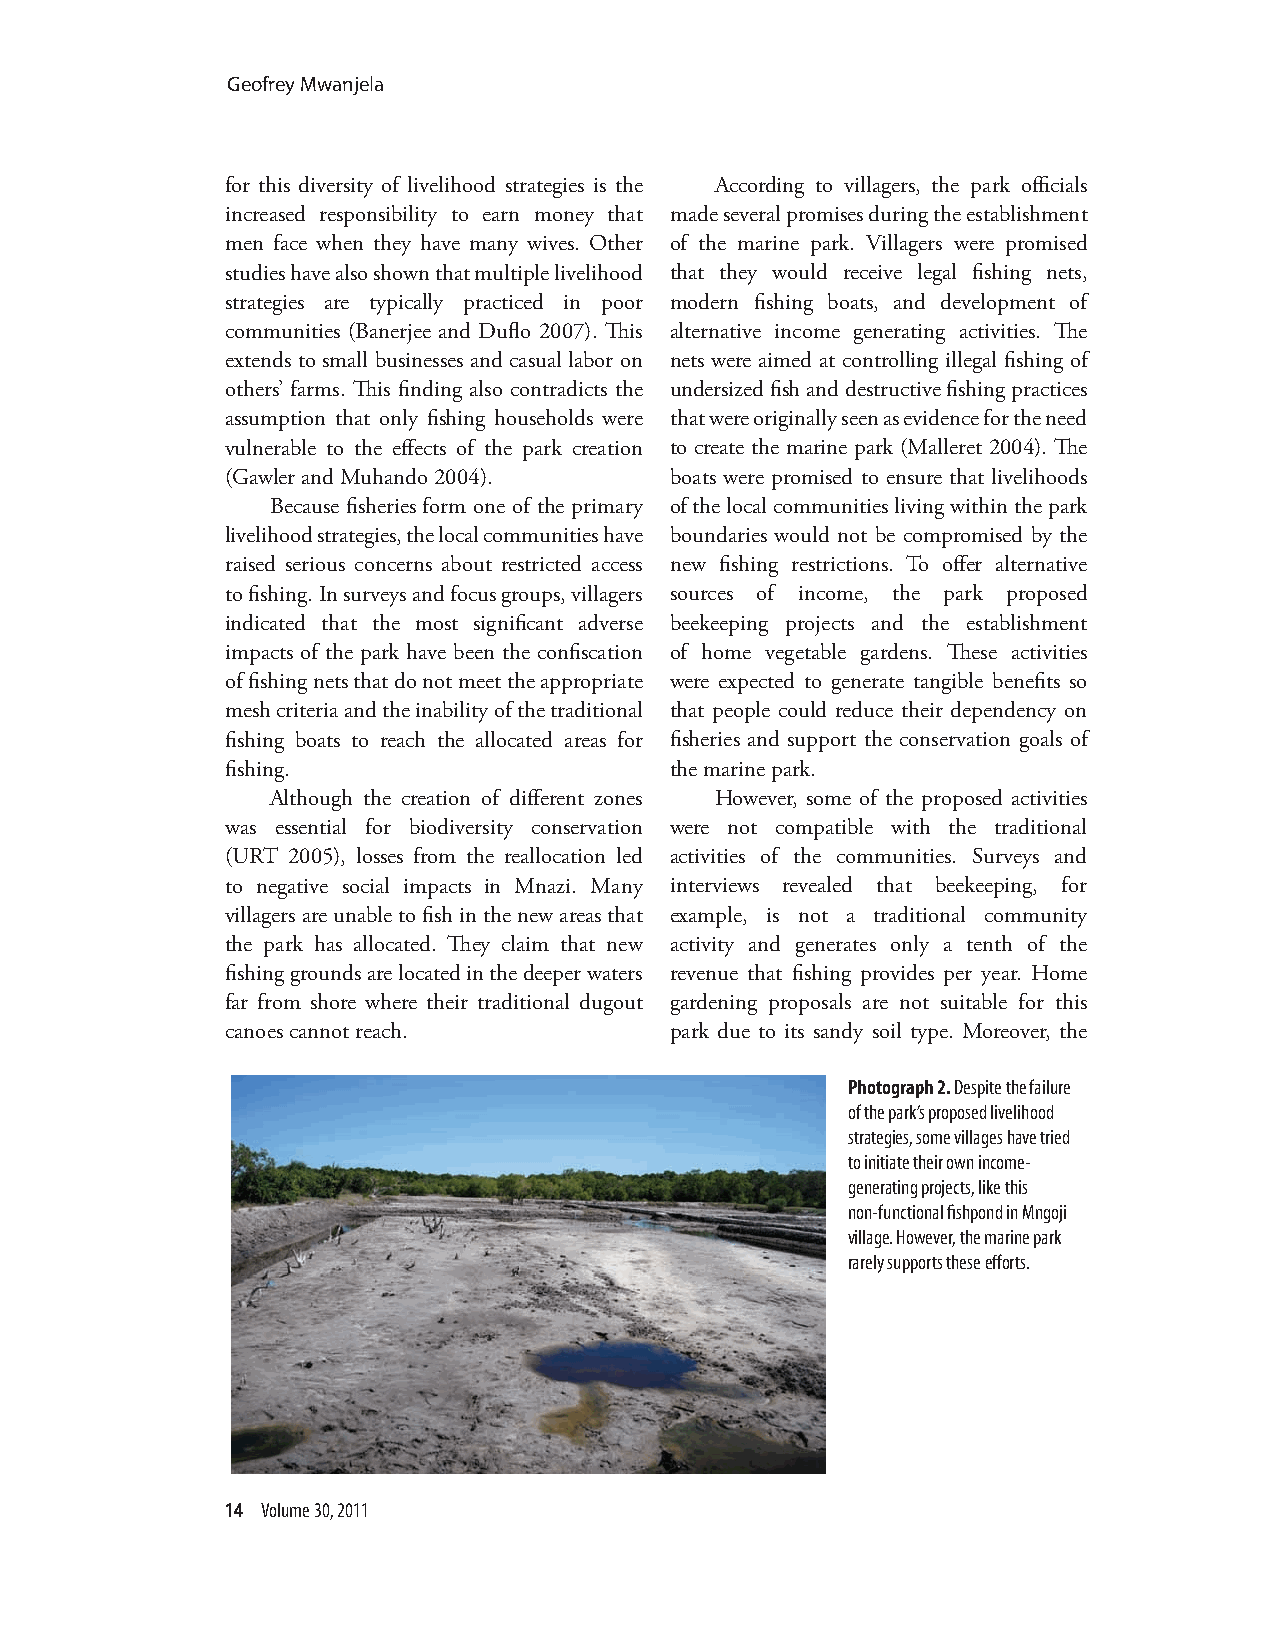
Geofrey Mwanjela
 for this diversity of livelihood strategies is the According to villagers, the park officials
 increased responsibility to earn money that made several promises during the establishment
 men face when they have many wives. Other of the marine park. Villagers were promised
 studies have also shown that multiple livelihood that they would receive legal fishing nets,
 strategies are typically practiced in poor modern fishing boats, and development of
 communities (Banerjee and Duflo 2007). This alternative income generating activities. The
 extends to small businesses and casual labor on nets were aimed at controlling illegal fishing of
 others’ farms. This finding also contradicts the undersized fish and destructive fishing practices
 assumption that only fishing households were that were originally seen as evidence for the need
 vulnerable to the effects of the park creation to create the marine park (Malleret 2004). The
 (Gawler and Muhando 2004).   boats were promised to ensure that livelihoods
 Because fisheries form one of the primary of the local communities living within the park
 livelihood strategies, the local communities have boundaries would not be compromised by the
 raised serious concerns about restricted access new fishing restrictions. To offer alternative
 to fishing. In surveys and focus groups, villagers sources of income, the park proposed
 indicated that the most significant adverse beekeeping projects and the establishment
 impacts of the park have been the confiscation of home vegetable gardens. These activities
 of fishing nets that do not meet the appropriate were expected to generate tangible benefits so
 mesh criteria and the inability of the traditional that people could reduce their dependency on
 fishing boats to reach the allocated areas for fisheries and support the conservation goals of
 fishing.                     the marine park.
 Although the creation of different zones However, some of the proposed activities
 was essential for biodiversity conservation were not compatible with the traditional
 (URT 2005), losses from the reallocation led activities of the communities. Surveys and
 to negative social impacts in Mnazi. Many interviews revealed that beekeeping, for
 villagers are unable to fish in the new areas that example, is not a traditional community
 the park has allocated. They claim that new activity and generates only a tenth of the
 fishing grounds are located in the deeper waters revenue that fishing provides per year. Home
 far from shore where their traditional dugout gardening proposals are not suitable for this
 canoes cannot reach.         park due to its sandy soil type. Moreover, the
 Photograph 2. Despite the failure
 of the park’s proposed livelihood
 strategies, some villages have tried
 to initiate their own income-
 generating projects, like this
 non-functional fishpond in Mngoji
 village. However, the marine park
 rarely supports these efforts.
 14 Volume 30, 2011